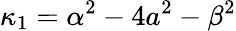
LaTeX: \kappa_{1}=\alpha^{2}-4a^{2}-\beta^{2}